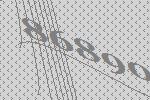
86890